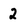
Character: 2